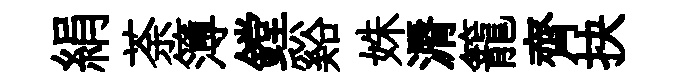
絹荼簿鏜谿姝漘籠齊抉